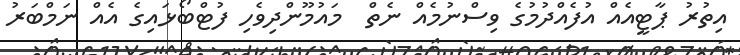
އިތުރު ޕާޓީއެއް އުފެއްދުމުގެ ވިސްނުމެއް ނެތް  މައުމޫންދިވެހި ފުޓްބޯޅައިގެ އެއް ނަމްބަރު